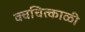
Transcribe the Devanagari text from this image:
क्वचित्काळी